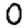
Digit: 0